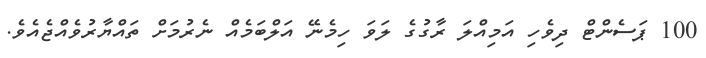
100 ޕަސެންޓް ދިވެހި އަމިއްލަ ރާގުގެ ލަވަ ހިމެނޭ އަލްބަމެއް ނެރުމަށް ތައްޔާރުވެއްޖެއެވެ.